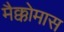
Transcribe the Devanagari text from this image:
मैक्कोमास